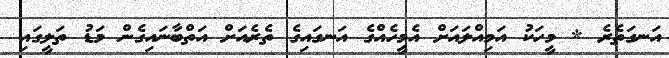
އަނގަތެރެ * މީހަކު އަމިއްލައަށް އެމީހެއްގެ އަނގައިގެ ތެރެއަށް އަތްބާނައިގެން މަޑު ތަލީގައި